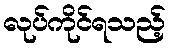
လုပ်ကိုင်ရသည့်